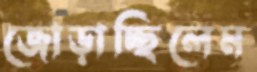
জোড়াচ্ছিলেম